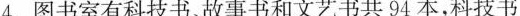
4.图书室有科技书，故事书和文艺书共94本，科技书